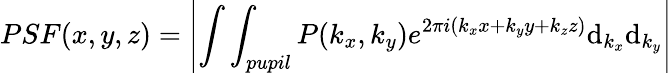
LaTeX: PSF(x,y,z)=\left|\int\int_{pupil}P(k_{x},k_{y})e^{2\pi i(k_{x}x+k_{y}y+k_{z}z)}\mathrm{d}_{k_{x}}\mathrm{d}_{k_{y}}\right|